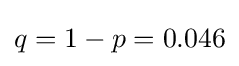
q=1-p=0.046